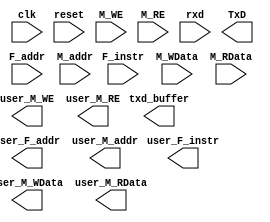
`timescale 1ns / 1ps
//////////////////////////////////////////////////////////////////////////////////
// Company: 
// Engineer: 
// 
// Design Name: 
// Module Name:    P8_BLACKBOX 
// Project Name: 
// Target Devices: 
// Tool versions: 
// Description: 
//
// Dependencies: 
//
// Revision: 
// Revision 0.01 - File Created
// Additional Comments: 
//
//////////////////////////////////////////////////////////////////////////////////
module wrapper(
	 // interface for P8_BLACKBOX
	 input clk,
	 input reset,
	 input [31:0] F_addr,
	 input [31:0] F_instr,
	 input [31:0] M_addr,
	 input M_WE,
	 input M_RE,
	 input [31:0] M_WData,
	 input [31:0] M_RData,
	 
	 output [31:0] user_F_addr,
	 output [31:0] user_F_instr,
	 output [31:0] user_M_addr,
	 output user_M_WE,
	 output user_M_RE,
	 output [31:0] user_M_WData,
	 output [31:0] user_M_RData,
	 
	 //For main FPGA
	 input rxd,
	 output TxD,
	 
	 //For testing
	 output[7:0]  txd_buffer
);
endmodule